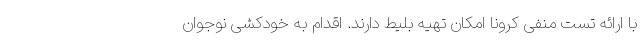
با ارائه تست منفی کرونا امکان تهیه بلیط دارند. اقدام به خودکشی نوجوان